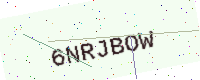
Text: 6NRJBOW